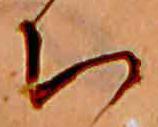
ち